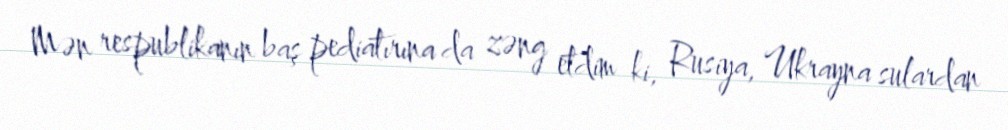
Mən respublikanın baş pediatırına da zəng etdim ki, Rusiya, Ukrayna sulardan